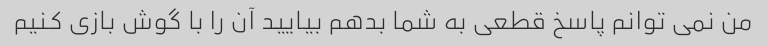
من نمی توانم پاسخ قطعی به شما بدهم بیایید آن را با گوش بازی کنیم